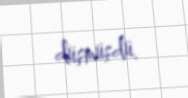
düşmüşdü.